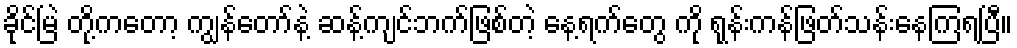
ခိုင်မြဲ တို့ကတော့ ကျွန်တော်နဲ့ ဆန့်ကျင်ဘက်ဖြစ်တဲ့ နေ့ရက်တွေ ကို ရုန်းကန်ဖြတ်သန်းနေကြရပြီ။